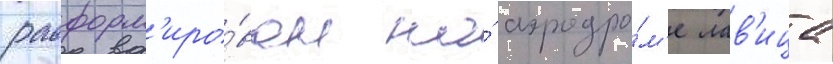
расформ'иро́ван на́ аэродро́м'е лав'ица